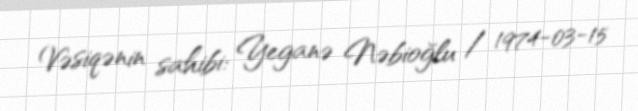
Vəsiqənin sahibi: Yeganə Nəbioğlu / 1974-03-15